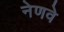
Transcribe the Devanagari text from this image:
नेणवे